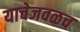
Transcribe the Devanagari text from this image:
याचेजवळच